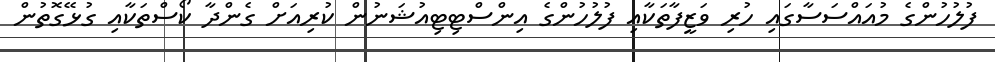
ފުލުހުންގެ މުއައްސަސާގައި ހުރި ވަޒީފާތަކާއި ފުލުހުންގެ އިންސްޓިޓިއުޝަނުން ކުރިއަށް ގެންދާ ކޯސްތަކާއި ގުޅޭގޮތުން